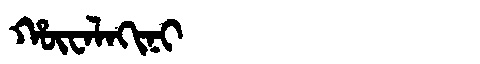
Manchu: ᡥᡡᠸᠠᠯᠠᡴᡳᠨᡳ
Romanization: HŪWALAKINI